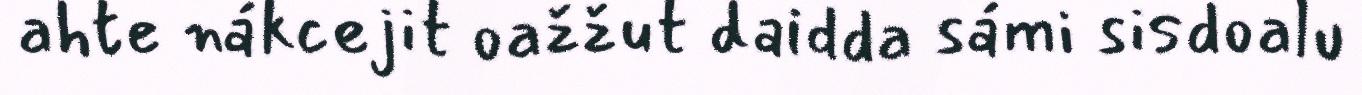
ahte nákcejit oažžut daidda sámi sisdoalu